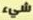
شيء